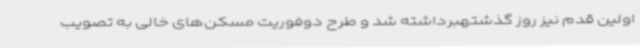
اولین قدم نیز روز گذشتهبرداشته شد و طرح دوفوریت مسکن‌های خالی به تصویب